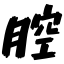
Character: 腔